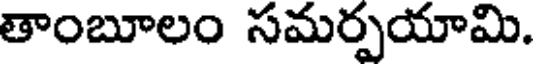
తాంబూలం సమర్పయామి.